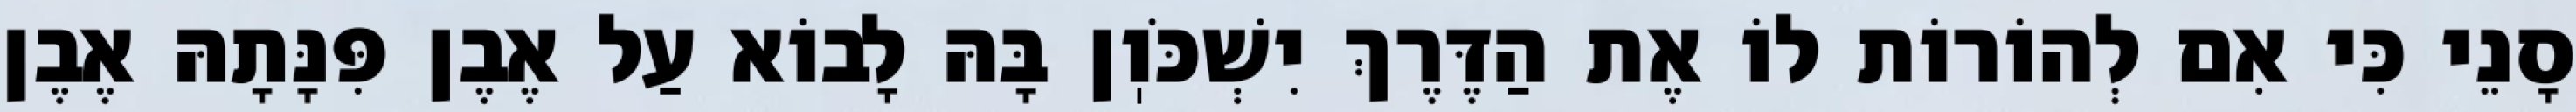
סָנֵי כִּי אִם לְהוֹרוֹת לוֹ אֶת הַדֶּרֶךְ יִשְׁכֹּוֽן בָּהּ לָבוֹא עַל אֶבֶן פִּנָּתָהּ אֶבֶן